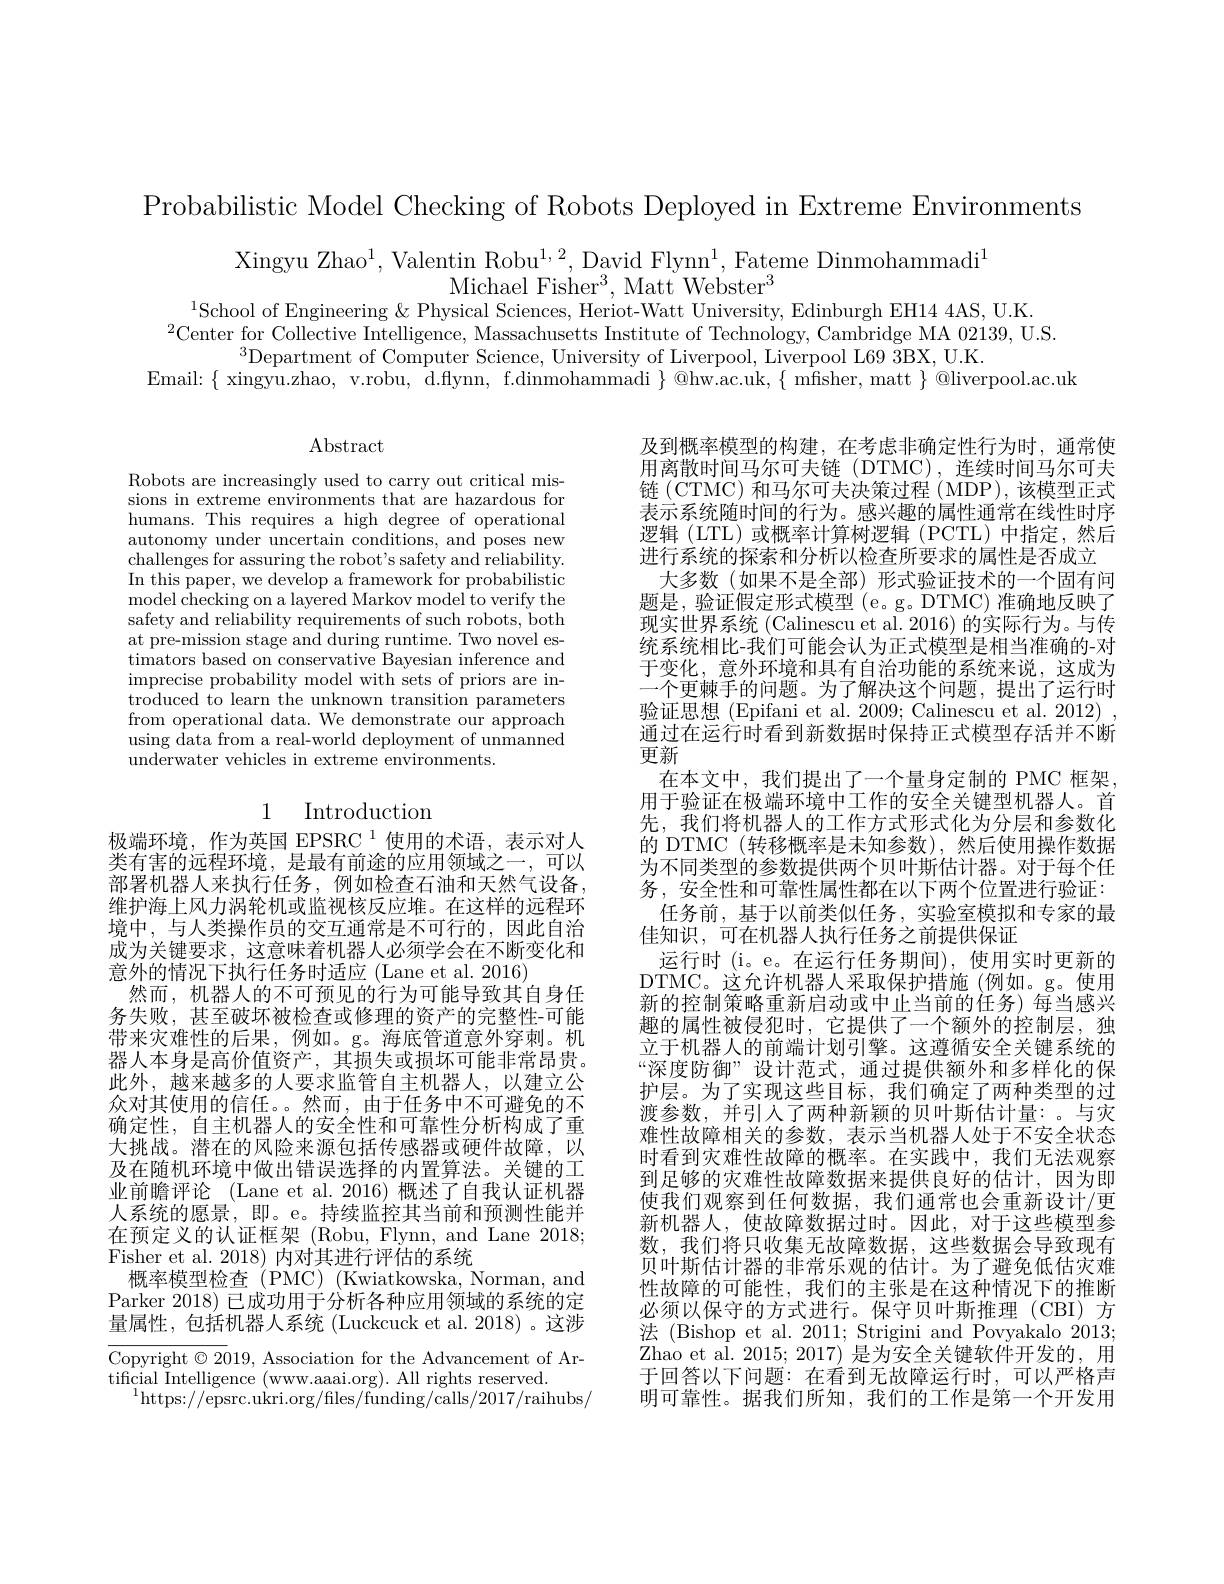
Probabilistic Model Checking of Robots Deployed in Extreme Environments

Xingyu Zhao$^1$,Valentin Robu$^1,2$, David Flynn$^1$, Fateme Dinmohammadi$^1$
Michael Fisher$^3,\mathrm{~Matt~Webster}^3$
$^{1}$School of Engineering & Physical Sciences, Heriot-Watt University, Edinburgh EH14 4AS, U.K.

$^{2}$Center for Collective Intelligence, Massachusetts Institute of Technology, Cambridge MA 02139, U.S.
$^{3}$Department of Computer Science, University of Liverpool, Liverpool L69 3BX, U.K.
Email: $\{$ xingyu.zhao, v.robu, d.ffynn, f.dinmohammadi $\}$ @hw.ac.uk, $\{$ mfsher, matt $\}$ @liverpool.ac.uk

Abstract

Robots are increasingly used to carry out critical missions in extreme environments that are hazardous for humans. This requires a high degree of operational autonomy under uncertain conditions, and poses new challenges for assuring the robot's safety and reliability. In this paper, we develop a framework for probabilistic model checking on a layered Markov model to verify the safety and reliability requirements of such robots, both at pre-mission stage and during runtime. Two novel estimators based on conservative Bayesian inference and imprecise probability model with sets of priors are in- $\bar{\text{troduced to learn the unknown transition parameters}}$ from operational data. We demonstrate our approach using data from a real-world deployment of unmanned underwater vehicles in extreme environments.

# 1 Introduction

及到概率模型的构建，在考虑非确定性行为时，通常使用离散时间马尔可夫链(DTMC),连续时间马尔可夫链 (CTMC) 和马尔可夫决策过程 (MDP), 该模型正式表示系统随时间的行为。感兴趣的属性通常在线性时序逻辑(LTL)或概率计算树逻辑(PCTL)中指定，然后进行系统的探索和分析以检查所要求的属性是否成立
大多数(如果不是全部)形式验证技术的一个固有问题是，验证假定形式模型 (e。g。DTMC) 准确地反映了现实世界系统 (Calinescu et al. 2016) 的实际行为。与传统系统相比-我们可能会认为正式模型是相当准确的-对于变化，意外环境和具有自治功能的系统来说，这成为一个更棘手的问题。为了解决这个问题，提出了运行时验证思想 (Epifani et al. 2009; Calinescu et al. 2012) , 通过在运行时看到新数据时保持正式模型存活并不断更新
在本文中，我们提出了一个量身定制的 PMC 框架， 用于验证在极端环境中工作的安全关键型机器人。首先，我们将机器人的工作方式形式化为分层和参数化的 DTMC (转移概率是未知参数),然后使用操作数据为不同类型的参数提供两个贝叶斯估计器。对于每个任务，安全性和可靠性属性都在以下两个位置进行验证：
任务前，基于以前类似任务，实验室模拟和专家的最
佳知识，可在机器人执行任务之前提供保证
运行时 (i。e。在运行任务期间),使用实时更新的DTMC。这允许机器人采取保护措施(例如。g。使用新的控制策略重新启动或中止当前的任务) 每当感兴趣的属性被侵犯时，它提供了一个额外的控制层，独立于机器人的前端计划引擎。这遵循安全关键系统的“深度防御”设计范式，通过提供额外和多样化的保护层。为了实现这些目标，我们确定了两种类型的过渡参数，并引入了两种新颖的贝叶斯估计量：。与灾难性故障相关的参数，表示当机器人处于不安全状态时看到灾难性故障的概率。在实践中，我们无法观察到足够的灾难性故障数据来提供良好的估计，因为即使我们观察到任何数据，我们通常也会重新设计/更新机器人，使故障数据过时。因此，对于这些模型参数，我们将只收集无故障数据，这些数据会导致现有贝叶斯估计器的非常乐观的估计。为了避免低估灾难性故障的可能性，我们的主张是在这种情况下的推断必须以保守的方式进行。保守贝叶斯推理(CBI)方法 (Bishop et al. 2011; Strigini and Povyakalo 2013; Zhao et al. 2015; 2017) 是为安全关键软件开发的，用于回答以下问题：在看到无故障运行时，可以严格声明可靠性。据我们所知，我们的工作是第一个开发用

极端环境，作为英国 EPSRC 1 使用的术语，表示对人类有害的远程环境，是最有前途的应用领域之一，可以部署机器人来执行任务，例如检查石油和天然气设备， 维护海上风力涡轮机或监视核反应堆。在这样的远程环境中，与人类操作员的交互通常是不可行的，因此自治成为关键要求，这意味着机器人必须学会在不断变化和意外的情况下执行任务时适应 (Lane et al. 2016)
然而，机器人的不可预见的行为可能导致其自身任务失败，甚至破坏被检查或修理的资产的完整性-可能带来灾难性的后果，例如。g。海底管道意外穿刺。机器人本身是高价值资产，其损失或损坏可能非常昂贵。此外，越来越多的人要求监管自主机器人，以建立公众对其使用的信任。。然而，由于任务中不可避免的不确定性，自主机器人的安全性和可靠性分析构成了重大挑战。潜在的风险来源包括传感器或硬件故障，以及在随机环境中做出错误选择的内置算法。关键的工业前瞻评论 (Lane et al.2016)概述了自我认证机器人系统的愿景，即。e。持续监控其当前和预测性能并在预定义的认证框架 (Robu, Flynn, and Lane 2018; Fisher et al. 2018) 内对其进行评估的系统
概率模型检查(PMC)(Kwiatkowska, Norman, and Parker 2018) 已成功用于分析各种应用领域的系统的定量属性，包括机器人系统 (Luckcuck et al.2018)。这涉Copyright $\odot2019$, Association for the Advancement of Artificial Intelligence (www.aaai.org). All rights reserved.